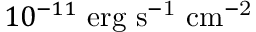
1 0 ^ { - 1 1 } \mathrm { { \ e r g \ s ^ { - 1 } \ c m ^ { - 2 } } }